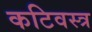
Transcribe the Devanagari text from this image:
कटिवस्त्र